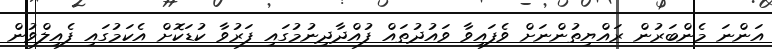
އަންނަ މެންބަރުން ރައްޔިތުންނަށް ވެފައިވާ ވައުދުތައް ފުއްދާދިނުމުގައި ފަރުވާ ކުޑަކޮށް އެކަމުގައި ފެއިލްވުން